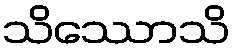
သိဿောသိ